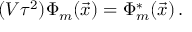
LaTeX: ( V \tau ^ { 2 } ) \Phi _ { m } ( { \vec { x } } ) = \Phi _ { m } ^ { \ast } ( { \vec { x } } ) \, .